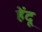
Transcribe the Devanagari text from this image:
हेंदू